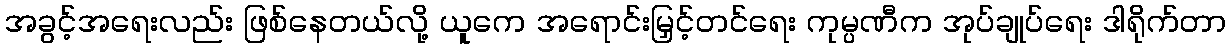
အခွင့်အရေးလည်း ဖြစ်နေတယ်လို့ ယူကေ အရောင်းမြှင့်တင်ရေး ကုမ္ပဏီက အုပ်ချုပ်ရေး ဒါရိုက်တာ